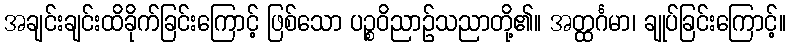
အချင်းချင်းထိခိုက်ခြင်းကြောင့် ဖြစ်သော ပဉ္စဝိညာဉ်သညာတို့၏။ အတ္ထင်္ဂမာ၊ ချုပ်ခြင်းကြောင့်။